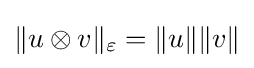
\|u\otimes v\|_{\varepsilon }=\|u\|\|v\|